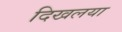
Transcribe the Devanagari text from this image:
दिखलया